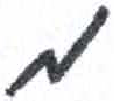
אות: מ